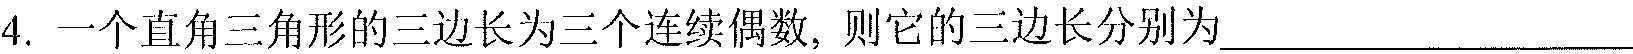
4. 一个直角三角形的三边长为三个连续偶数，则它的三边长分别为  ．